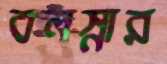
বলস্নার